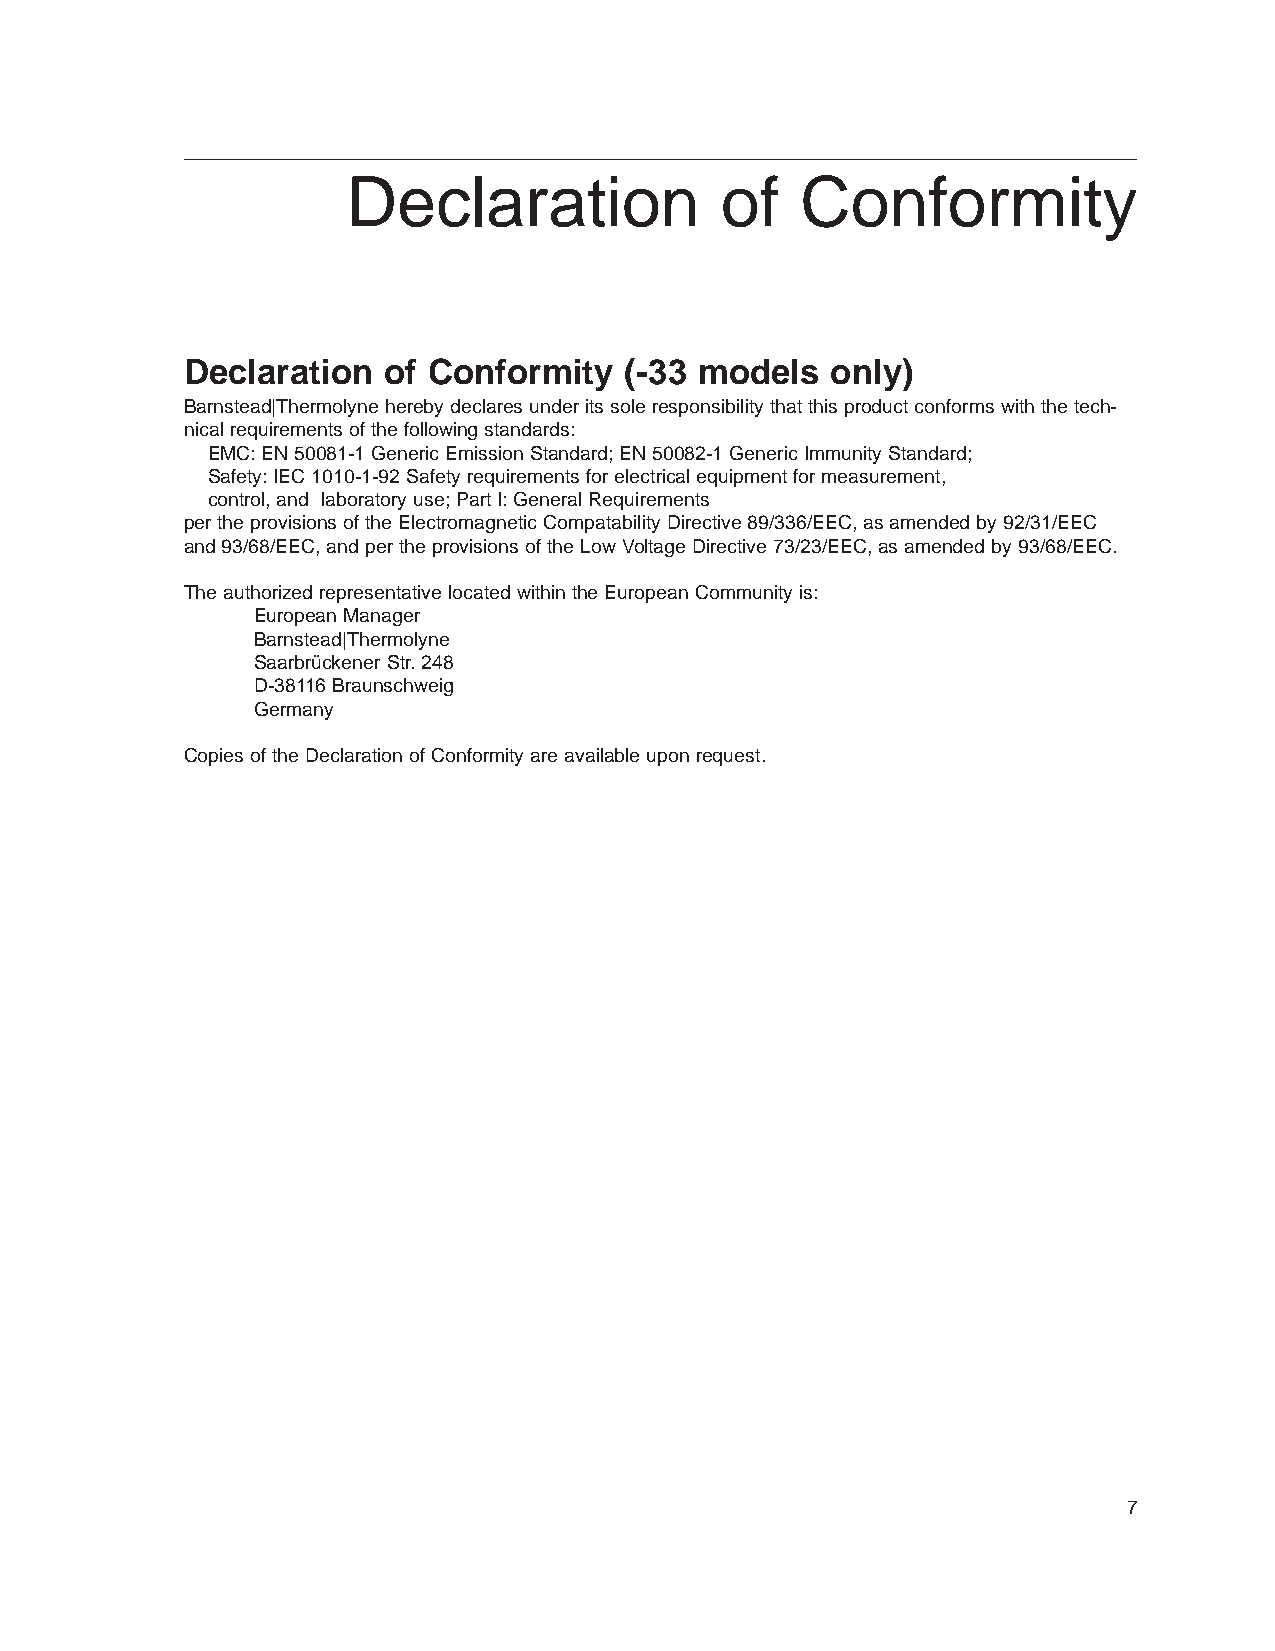
Declaration              of   Conformity
 Declaration  of Conformity   (-33 models   only)
 Barnstead|Thermolyne hereby declares under its sole responsibility that this product conforms with the tech-
 nical requirements of the following standards:
 EMC: EN 50081-1 Generic Emission Standard; EN 50082-1 Generic Immunity Standard;
 Safety: IEC 1010-1-92 Safety requirements for electrical equipment for measurement,
 control, and laboratory use; Part I: General Requirements
 per the provisions of the Electromagnetic Compatability Directive 89/336/EEC, as amended by 92/31/EEC
 and 93/68/EEC, and per the provisions of the Low Voltage Directive 73/23/EEC, as amended by 93/68/EEC.
 The authorized representative located within the European Community is:
 European Manager
 Barnstead|Thermolyne
 Saarbrückener Str. 248
 D-38116 Braunschweig
 Germany
 Copies of the Declaration of Conformity are available upon request.
 7